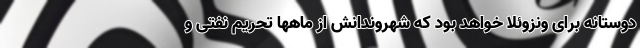
دوستانه برای ونزوئلا خواهد بود که شهروندانش از ماهها تحریم نفتی و